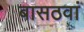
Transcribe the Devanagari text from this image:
बासठवां